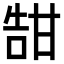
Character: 𪽀